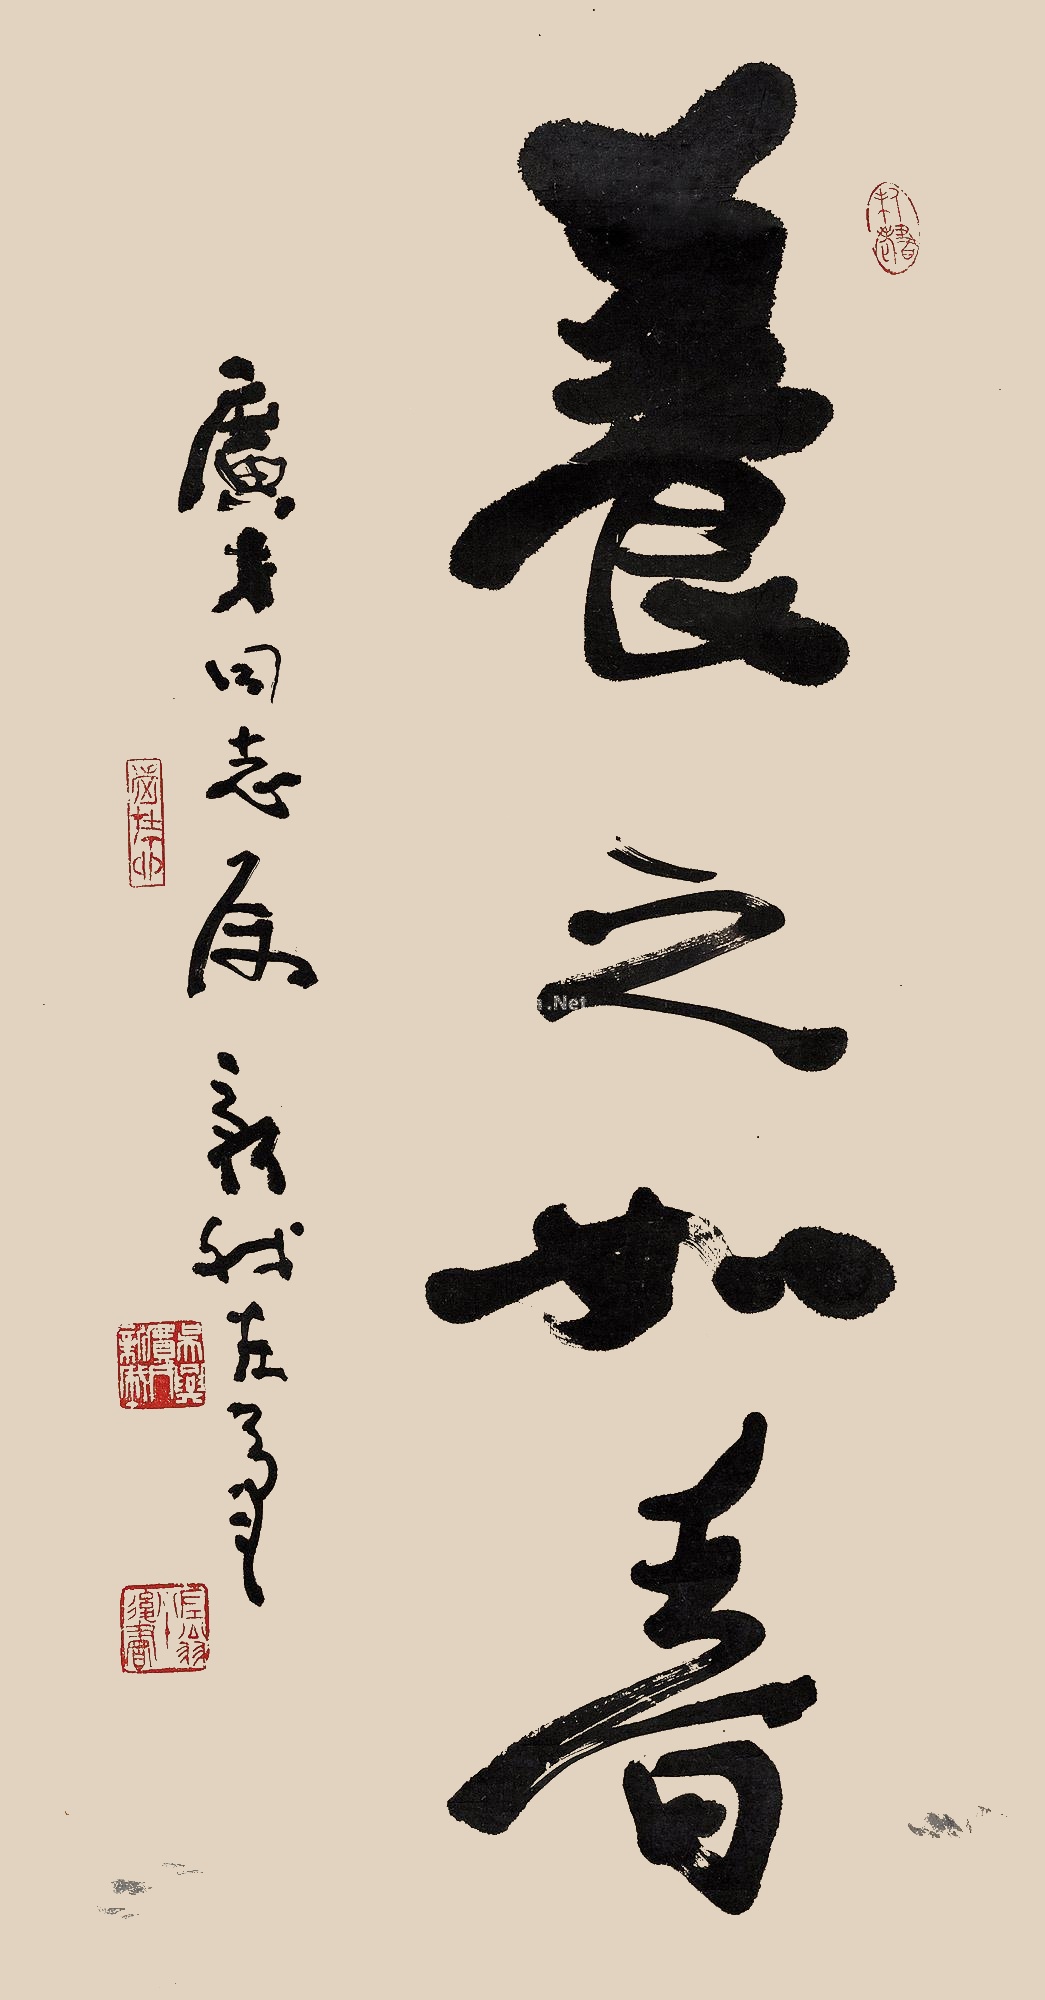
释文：养之如春广才同志属，新我左笔。